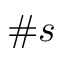
\# s